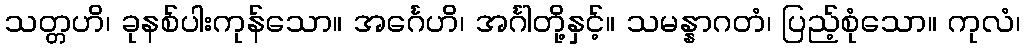
သတ္တဟိ၊ ခုနစ်ပါးကုန်သော။ အင်္ဂေဟိ၊ အင်္ဂါတို့နှင့်။ သမန္နာဂတံ၊ ပြည့်စုံသော။ ကုလံ၊